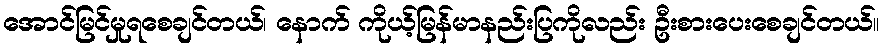
အောင်မြင်မှုရစေချင်တယ်၊ နောက် ကိုယ့်မြန်မာနည်းပြကိုလည်း ဦးစားပေးစေချင်တယ်။